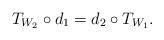
LaTeX: \begin{align*}T_{W_2} \circ d_1 = d_2 \circ T_{W_1}.\end{align*}